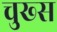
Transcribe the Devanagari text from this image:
चुख्स